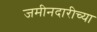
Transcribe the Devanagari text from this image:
जमीनदारीच्या